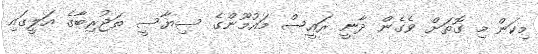
މިކަން މި ގޮތަށް ވެގެން ދާނީ ރައީސް މައުމޫންގެ ސިޔާސީ ތަޖުރިބާގެ އަލީގައި